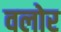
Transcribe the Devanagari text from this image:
वलोर